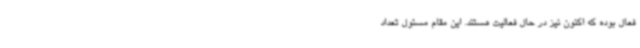
فعال بوده که اکنون نیز در حال فعالیت هستند. این مقام مسئول تعداد